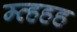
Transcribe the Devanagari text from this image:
म्व्हहह